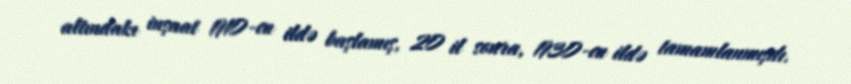
altındakı inşaat 1910-cu ildə başlamış, 20 il sonra, 1930-cu ildə tamamlanmışdı.